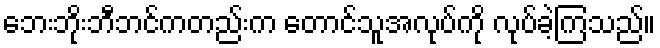
ဘေးဘိုးဘီဘင်ကတည်းက တောင်သူအလုပ်ကို လုပ်ခဲ့ကြသည်။